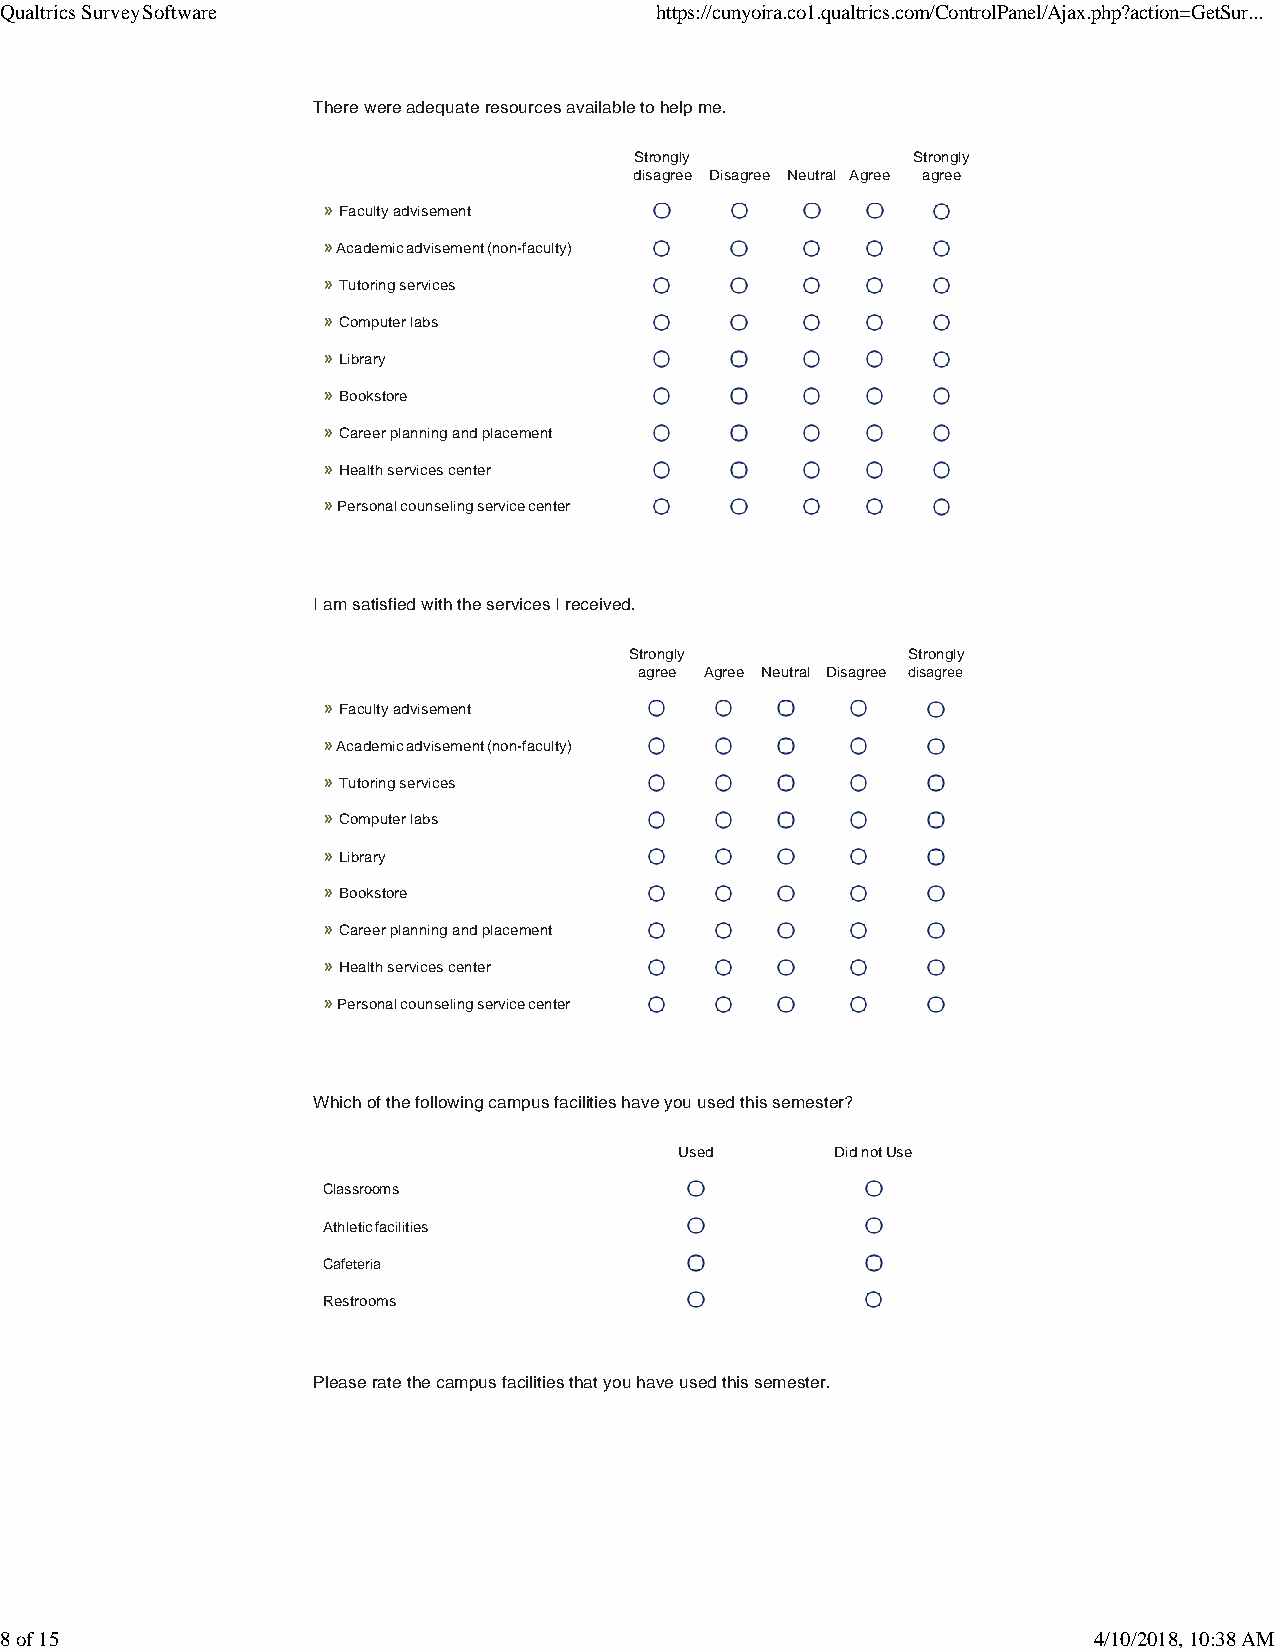
Qualtrics Survey Software                  https://cunyoira.co1.qualtrics.com/ControlPanel/Ajax.php?action=GetSur...
 There were adequate resources available to help me.
 Strongly          Strongly
 disagree Disagree Neutral Agree agree
 » Faculty advisement
 » Academic advisement (non-faculty)
 » Tutoring services
 » Computer labs
 » Library
 » Bookstore
 » Career planning and placement
 » Health services center
 » Personal counseling service center
 I am satisfied with the services I received.
 Strongly          Strongly
 agree Agree Neutral Disagree disagree
 » Faculty advisement
 » Academic advisement (non-faculty)
 » Tutoring services
 » Computer labs
 » Library
 » Bookstore
 » Career planning and placement
 » Health services center
 » Personal counseling service center
 Which of the following campus facilities have you used this semester?
 Used      Did not Use
 Classrooms
 Athletic facilities
 Cafeteria
 Restrooms
 Please rate the campus facilities that you have used this semester.
 8 of 15                                                                 4/10/2018, 10:38 AM